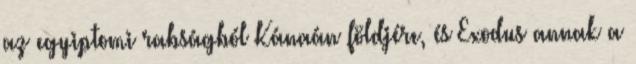
az egyiptomi rabságból Kánaán földjére, és Exodus annak a